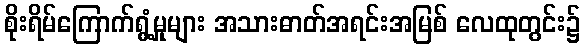
စိုးရိမ်ကြောက်ရွံ့မှုများ အသားဓာတ်အရင်းအမြစ် လေထုတွင်း၌